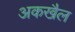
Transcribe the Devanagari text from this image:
अकखैल